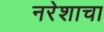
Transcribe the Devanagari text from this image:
नरेशाचा